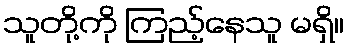
သူတို့ကို ကြည့်နေသူ မရှိ။